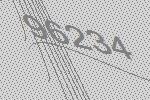
96234